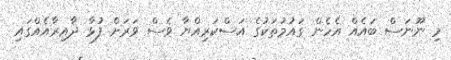
މި ނޫނަސް ބައެއް އެހެން ގައުމުތަކުގެ އަސްކަރިއްޔާ ވެސް ވަރަށް ފުޅާ ދާއިރާއެއްގައި